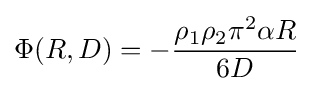
\Phi (R,D)=-{\frac {\rho _{1}\rho _{2}\pi ^{2}\alpha R}{6D}}